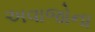
અવાજોના